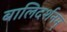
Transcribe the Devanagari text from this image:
बालिदर्शनम्